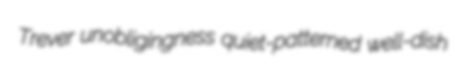
Trever unobligingness quiet-patterned well-dish